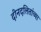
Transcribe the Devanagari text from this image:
दीनदलितांच्या